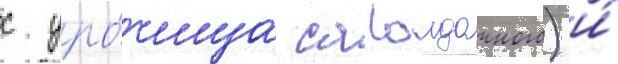
с уро́чища сагаидачного) и́